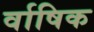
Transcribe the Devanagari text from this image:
र्वाषिक